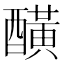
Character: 䤑